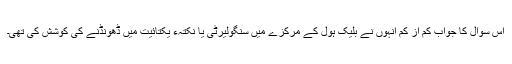
اس سوال کا جواب کم از کم انہوں نے بلیک ہول کے مرکزے میں سنگولیرٹی یا نکتہء یکتائیت میں ڈھونڈنے کی کوشش کی تھی۔